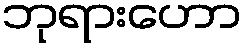
ဘုရားဟော